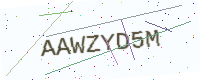
Text: AAWZYD5M